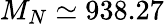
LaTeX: M_{N}\simeq 938.27